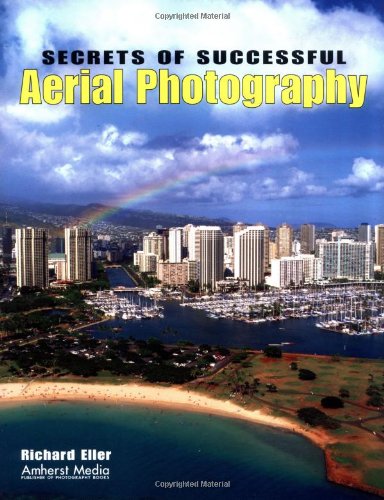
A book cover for Secrets of Successful Aerial Photography; Richard Eller; Arts & Photography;